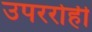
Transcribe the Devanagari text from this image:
उपररोही